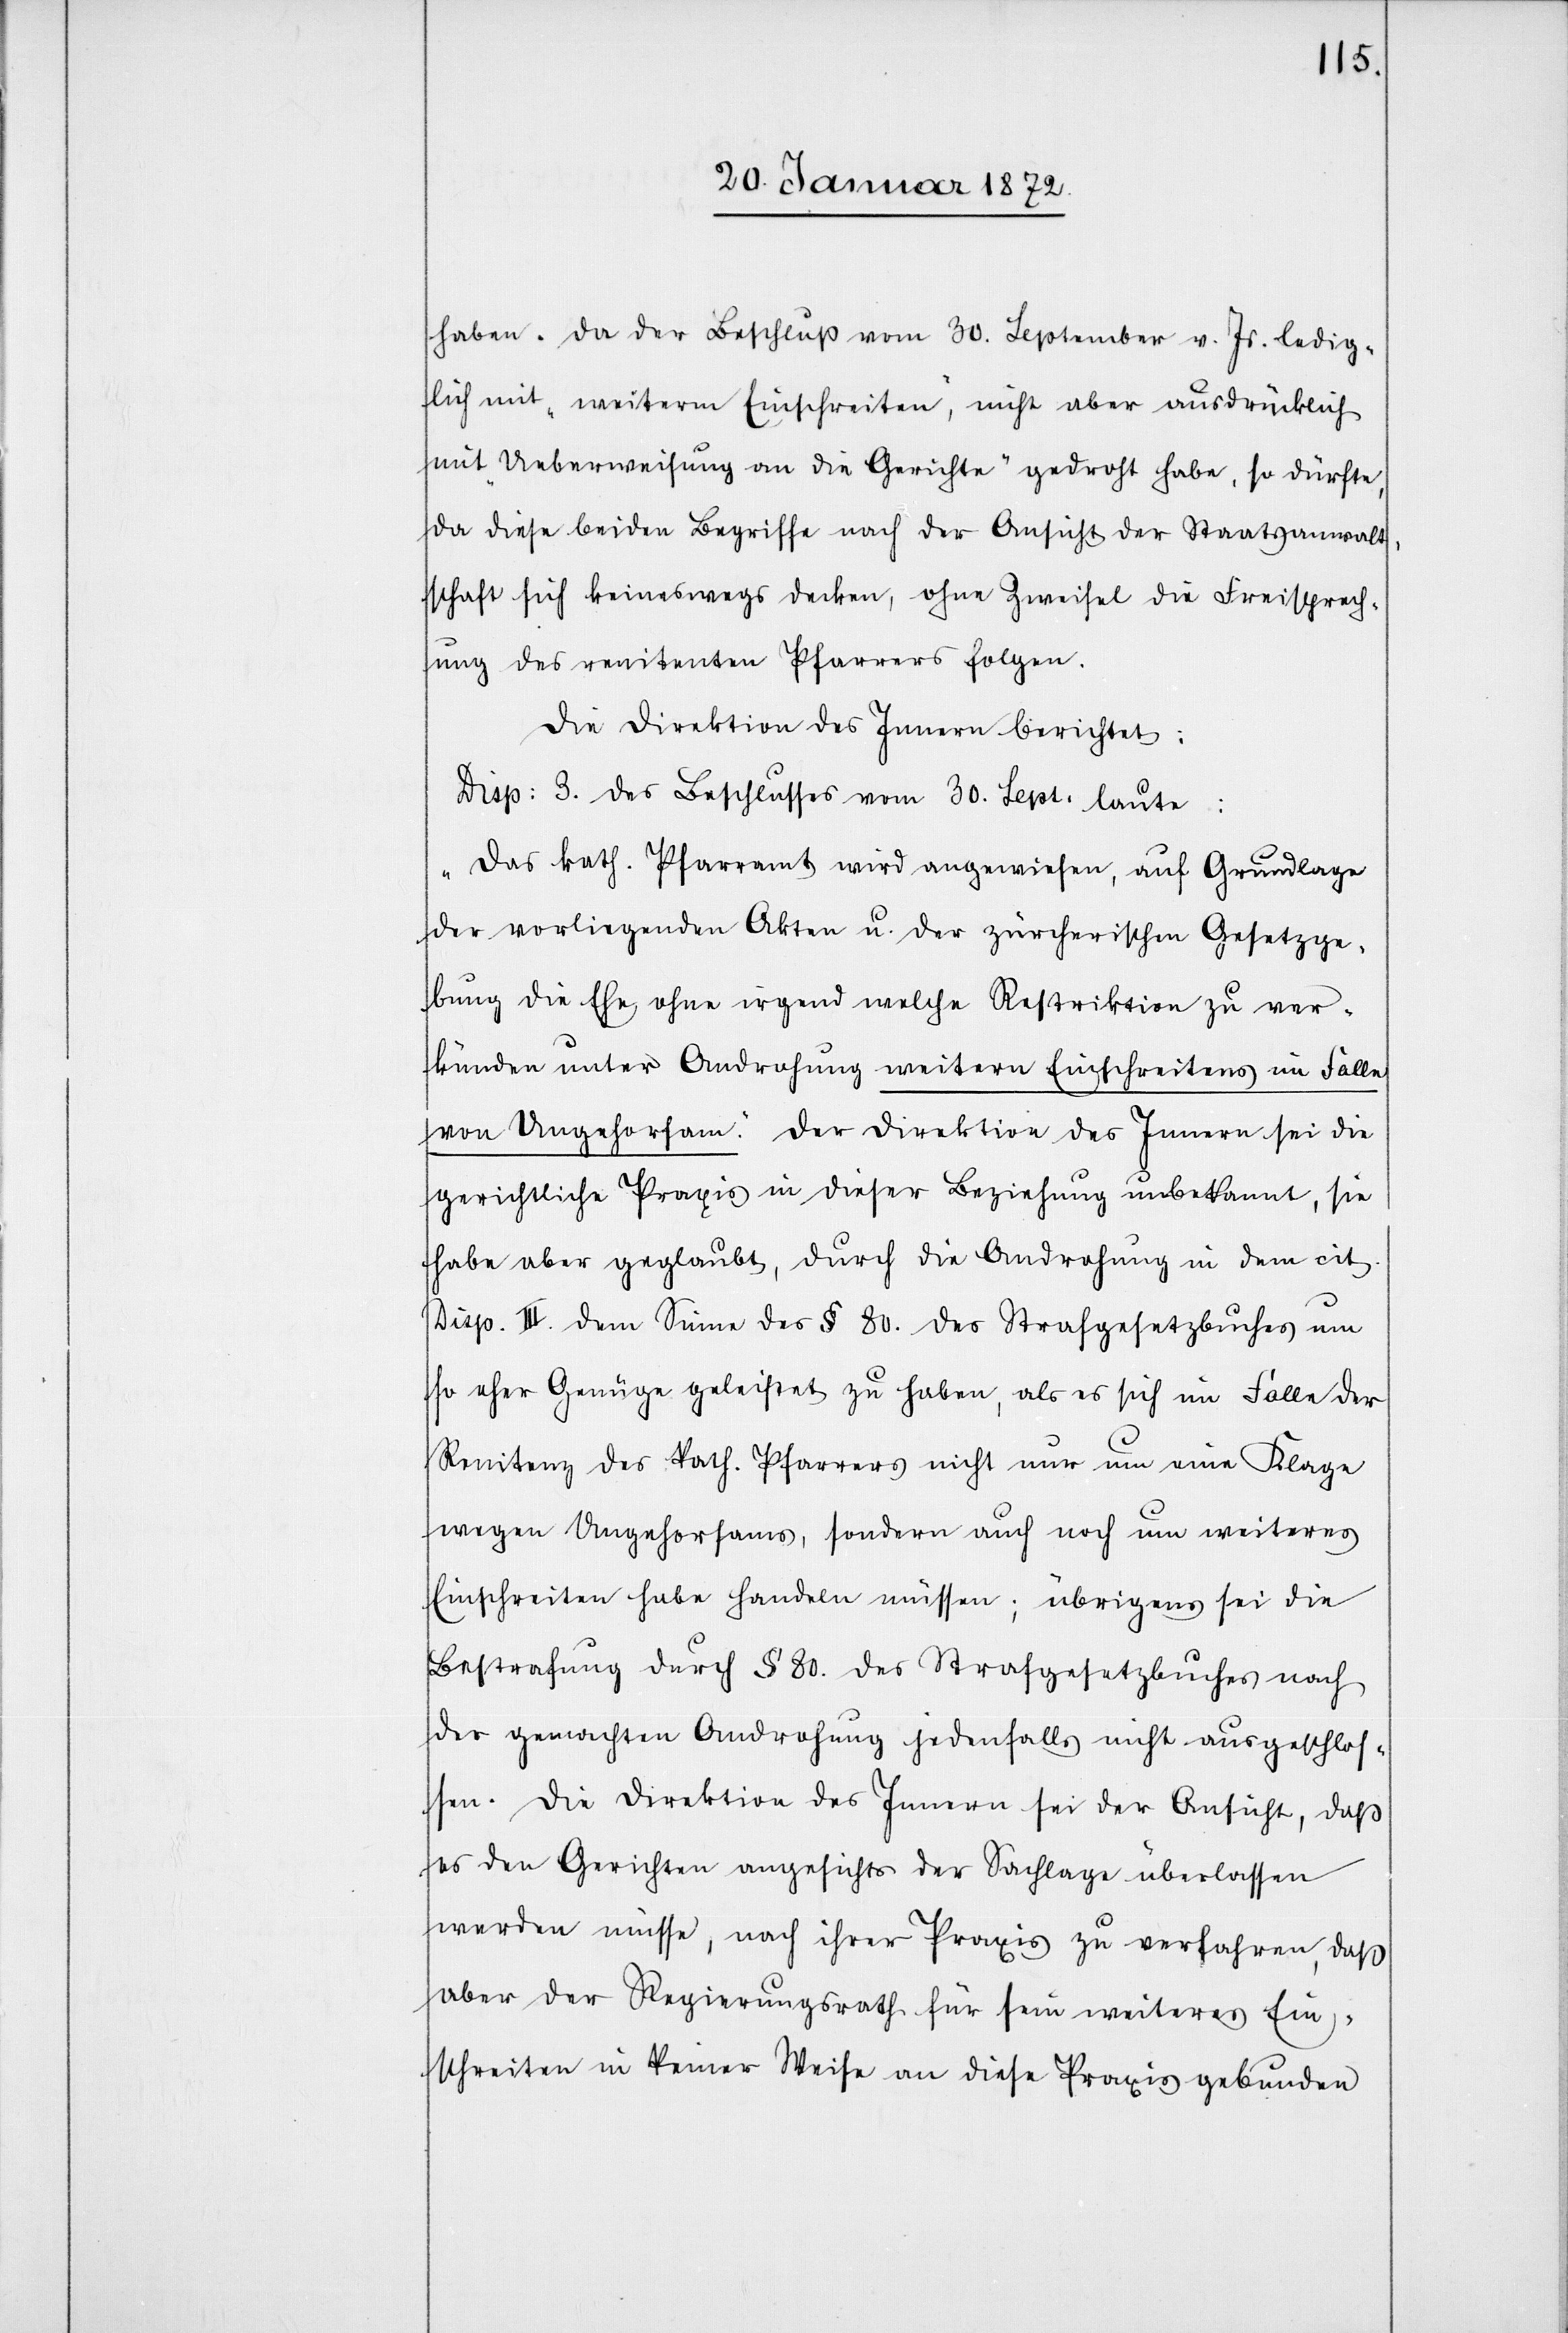
haben. Da der Beschluß vom 30. September v. Js. ledig¬
lich mit „weiterm Einschreiten“, nicht aber ausdrücklich
mit „Ueberweisung an die Gerichte“ gedroht habe, so dürfte,
da diese beiden Begriffe nach der Ansicht der Staatsanwalt¬
schaft sich keineswegs decken, ohne Zweifel die Freisprech¬
ung des renitenten Pfarrers folgen.
Die Direktion des Innern berichtet:
Disp: 3. des Beschlusses vom 30. Sept. laute:
„Das kath. Pfarramt wird angewiesen, auf Grundlage
der vorliegenden Akten u. der zürcherischen Gesetzge¬
bung die Ehe ohne irgend welche Restriktion zu ver¬
künden unter Androhung weitern Einschreitens im Falle
von Ungehorsam.“ Der Direktion des Innern sei die
gerichtliche Praxis in dieser Beziehung unbekannt, sie
habe aber geglaubt, durch die Androhung in dem cit.
Disp. III. dem Sinne des § 80. des Strafgesetzbuches um
so eher Genüge geleistet zu haben, als es sich im Falle der
Renitenz des kath. Pfarrers nicht nur um eine Klage
wegen Ungehorsams, sondern auch noch um weiteres
Einschreiten habe handeln müssen; übrigens sei die
Bestrafung durch § 80. des Strafgesetzbuches nach
der gemachten Androhung jedenfalls nicht ausgeschlos¬
sen. Die Direktion des Innern sei der Ansicht, daß
es den Gerichten angesichts der Sachlage überlassen
werden müsse, nach ihrer Praxis zu verfahren, daß
aber der Regierungsrath für sein weiteres Ein¬
schreiten in keiner Weise an diese Praxis gebunden